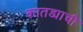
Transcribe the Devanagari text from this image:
कातड्याची